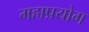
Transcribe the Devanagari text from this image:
महाप्रयोग